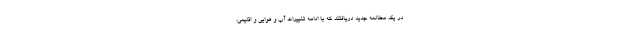
در یک مطالعه جدید دریافتند که با ادامه تغییرات آب و هوایی و اقلیمی،